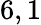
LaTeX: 6,1